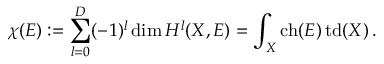
\chi ( E ) : = \sum _ { l = 0 } ^ { D } ( - 1 ) ^ { l } \dim { H } ^ { l } ( X , E ) = \int _ { X } \mathop { \mathrm { c h } } ( E ) \mathop { \mathrm { t d } } ( X ) \, .